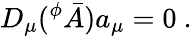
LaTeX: D_{\mu}(^{\phi}\bar{A})a_{\mu}=0\ .